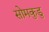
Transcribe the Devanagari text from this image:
सोमकुडु